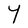
Character: Y